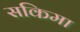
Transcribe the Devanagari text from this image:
सकिमा